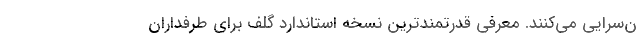
ن‌سرایی می‌کنند. معرفی قدرتمندترین نسخه استاندارد گلف برای طرفداران